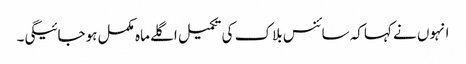
انہوں نے کہاکہ سائنس بلاک کی تکمیل اگلے ماہ مکمل ہوجائیگی۔